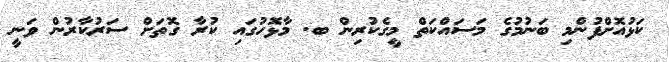
ކަޅުއޮށްފުންމި ބަނުމުގެ މަސައްކަތް މީގެކުރިން ބ. މާޅޮހުގައި ކުރާ ގޮތަށް ސަރުކާރުން ވަނީ